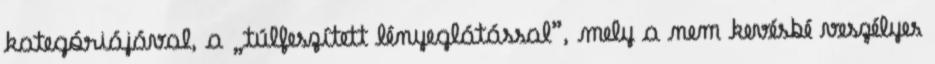
kategóriájával, a „túlfeszített lényeglátással”, mely a nem kevésbé veszélyes